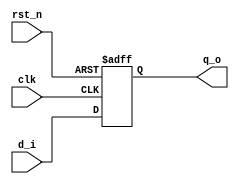
`timescale 1ns / 1ps
//////////////////////////////////////////////////////////////////////////////////
// Company: 
// Engineer: 
// 
// Design Name: 
// Module Name: reg8
// Project Name: 
// Target Devices: 
// Tool Versions: 
// Description: 
// 
// Dependencies: 
// 
// Revision:
// Revision 0.01 - File Created
// Additional Comments:
// 
//////////////////////////////////////////////////////////////////////////////////


module reg8
(
input [7:0] d_i,
input rst_n,
input clk,
output [7:0] q_o
);

reg [7:0] q;

always @(posedge clk or negedge rst_n) begin
    if (rst_n == 1'b0) begin
        q <= 8'b00000000;
    end
    else begin
        q <= d_i;
    end
end

assign q_o = q;

endmodule